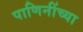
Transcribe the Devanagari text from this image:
पाणिनींच्या